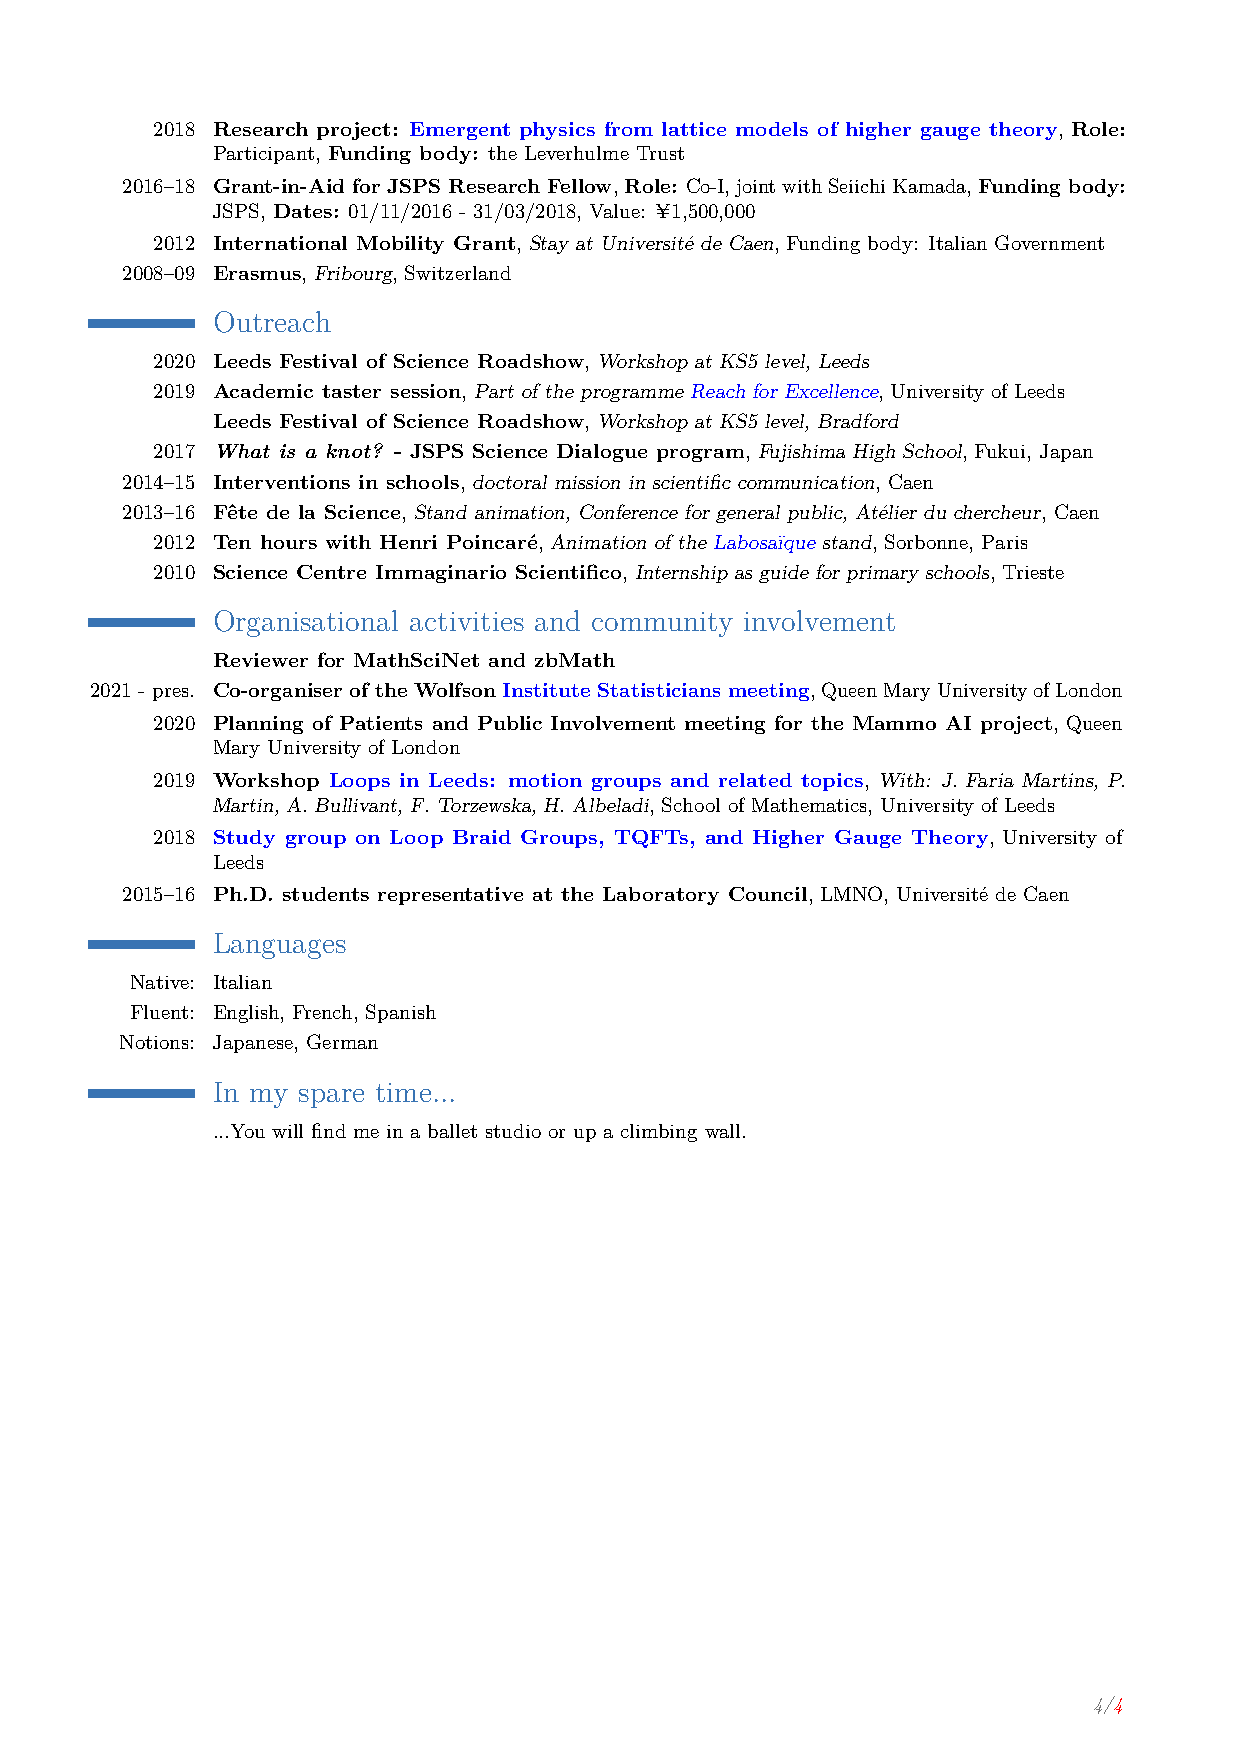
2018 Research project: Emergent physics from lattice models of higher gauge theory, Role:
 Participant, Funding body: the Leverhulme Trust
 2016–18 Grant-in-Aid for JSPS Research Fellow,Role: Co-I,jointwithSeiichiKamada,Funding body:
 JSPS, Dates: 01/11/2016 - 31/03/2018, Value: ¥1,500,000
 2012 International Mobility Grant, Stay at Université de Caen, Funding body: Italian Government
 2008–09 Erasmus, Fribourg, Switzerland
 Outreach
 2020 Leeds Festival of Science Roadshow, Workshop at KS5 level, Leeds
 2019 Academic taster session, Part of the programme Reach for Excellence, University of Leeds
 Leeds Festival of Science Roadshow, Workshop at KS5 level, Bradford
 2017 What is a knot? - JSPS Science Dialogue program, Fujishima High School, Fukui, Japan
 2014–15 Interventions in schools, doctoral mission in scientific communication, Caen
 2013–16 Fête de la Science, Stand animation, Conference for general public, Atélier du chercheur, Caen
 2012 Ten hours with Henri Poincaré, Animation of the Labosaïque stand, Sorbonne, Paris
 2010 Science Centre Immaginario Scientifico, Internship as guide for primary schools, Trieste
 Organisational activities and community involvement
 Reviewer for MathSciNet and zbMath
 2021 - pres. Co-organiser of the Wolfson Institute Statisticians meeting,QueenMaryUniversityofLondon
 2020 Planning of Patients and Public Involvement meeting for the Mammo AI project, Queen
 Mary University of London
 2019 Workshop Loops in Leeds: motion groups and related topics, With: J. Faria Martins, P.
 Martin, A. Bullivant, F. Torzewska, H. Albeladi, School of Mathematics, University of Leeds
 2018 Study group on Loop Braid Groups, TQFTs, and Higher Gauge Theory, University of
 Leeds
 2015–16 Ph.D. students representative at the Laboratory Council, LMNO, Université de Caen
 Languages
 Native: Italian
 Fluent: English, French, Spanish
 Notions: Japanese, German
 In my spare time...
 ...You will find me in a ballet studio or up a climbing wall.
 4/4